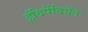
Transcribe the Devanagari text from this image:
इंदिपेंदियेंते